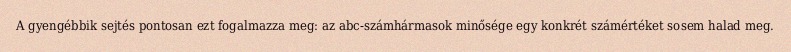
A gyengébbik sejtés pontosan ezt fogalmazza meg: az abc-számhármasok minősége egy konkrét számértéket sosem halad meg.